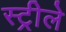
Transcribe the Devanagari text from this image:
स्ट्रीले